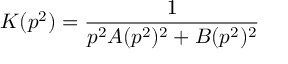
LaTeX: K ( p ^ { 2 } ) = \frac { 1 } { p ^ { 2 } A ( p ^ { 2 } ) ^ { 2 } + B ( p ^ { 2 } ) ^ { 2 } }